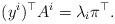
LaTeX: \begin{align*}(y^i)^{\top}A^i = \lambda_i \pi^{\top}.\end{align*}